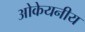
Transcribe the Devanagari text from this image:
ओकेयनीय